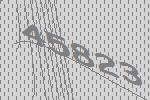
45823